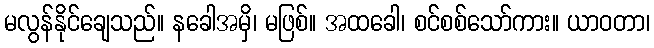
မလွန်နိုင်ချေသည်။ နခေါအမှိ၊ မဖြစ်။ အထခေါ၊ စင်စစ်သော်ကား။ ယာဝတာ၊